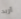
أريد